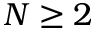
N \geq 2